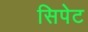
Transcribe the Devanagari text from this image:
सिपेट